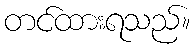
တင်ထားရသည်။